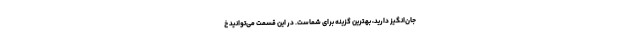
جان‌انگیز دارید، بهترین گزینه برای شماست. در این قسمت می‌توانید خ